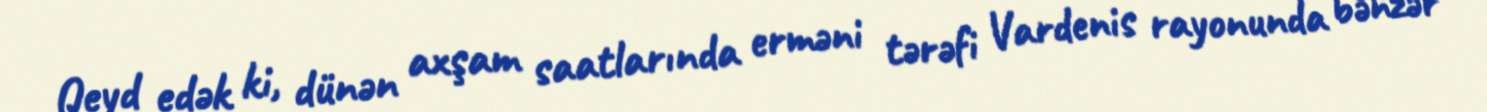
Qeyd edək ki, dünən axşam saatlarında erməni tərəfi Vardenis rayonunda bənzər